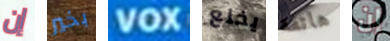
إن بخير VOX يخلع هاتفه إن